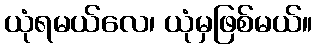
ယုံရမယ်လေ၊ ယုံမှဖြစ်မယ်။